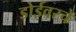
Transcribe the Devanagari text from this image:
डोईवरचे